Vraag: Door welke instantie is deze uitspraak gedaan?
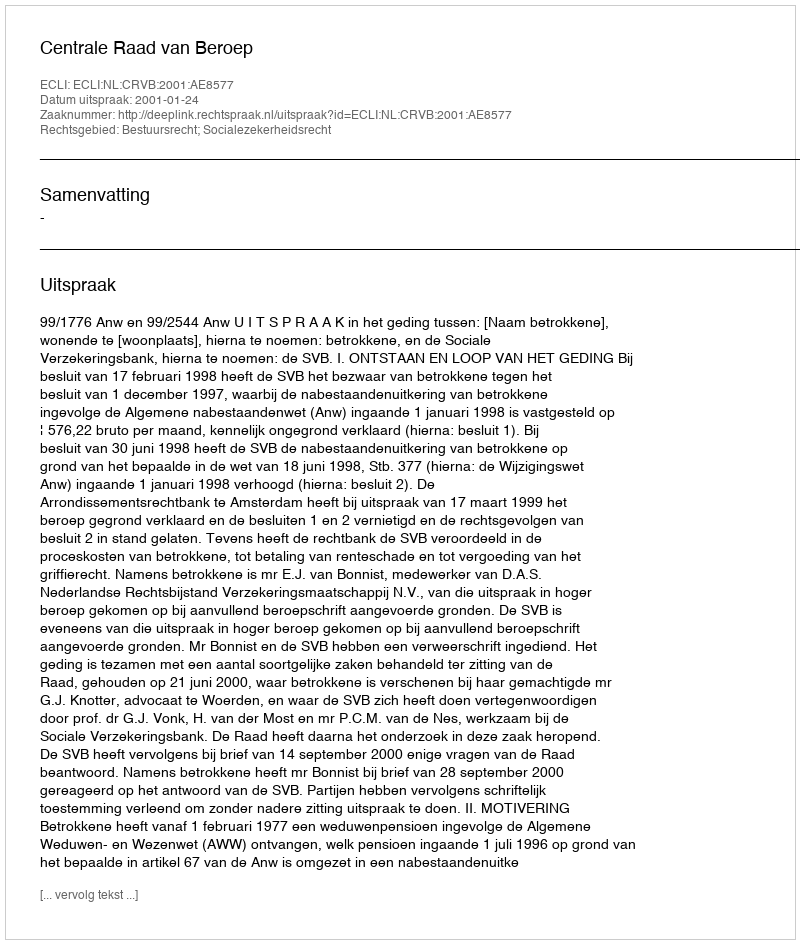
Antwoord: Centrale Raad van Beroep